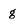
Character: g